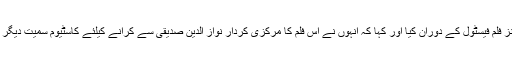
ڈائریکٹر نندیتا داس نے یہ اعلان 69 ویں کینز فلم فیسٹول کے دوران کیا اور کہا کہ انہوں نے اس فلم کا مرکزی کردار نواز الدین صدیقی سے کرانے کیلئے کاسٹیوم سمیت دیگر معاملات میں ان کی آزمائش بھی کر لی ہے۔